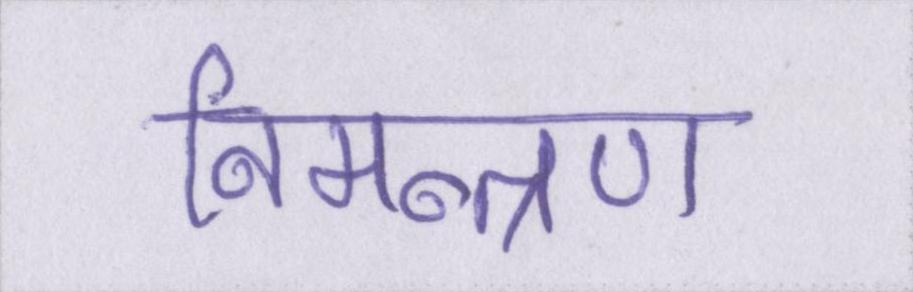
निमन्त्रण